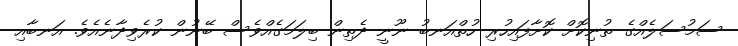
ސަމުސަލެއްގެ ތުނިކޮށް ކޮށާފައިހުރި ހުތްއަނބު ނޫނީ ދެތިން ބިލަމަގެއްވެސް ބޭނުން ކުރެވިދާނެއެވެ. އަނބާއި